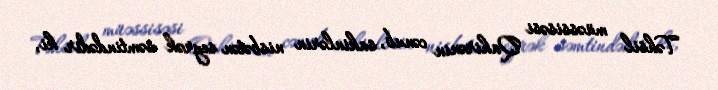
Təhsil müəssisəsi Qahirənin cənub, sakinlərin nisbətən seyrək səmtindədir ki,